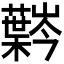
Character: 𫊍